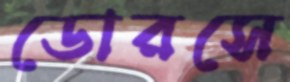
ডোরসে